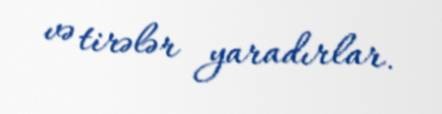
və tirələr yaradırlar.